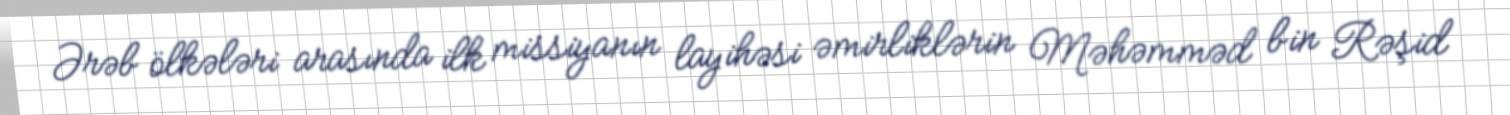
Ərəb ölkələri arasında ilk missiyanın layihəsi əmirliklərin Məhəmməd bin Rəşid